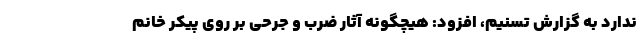
ندارد به گزارش تسنیم، افزود: هیچگونه آثار ضرب و جرحی بر روی پیکر خانم